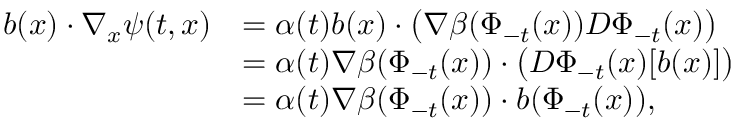
\begin{array} { r l } { b ( x ) \cdot \nabla _ { x } \psi ( t , x ) } & { = \alpha ( t ) b ( x ) \cdot \big ( \nabla \beta ( \Phi _ { - t } ( x ) ) D \Phi _ { - t } ( x ) \big ) } \\ & { = \alpha ( t ) \nabla \beta ( \Phi _ { - t } ( x ) ) \cdot \big ( D \Phi _ { - t } ( x ) [ b ( x ) ] \big ) } \\ & { = \alpha ( t ) \nabla \beta ( \Phi _ { - t } ( x ) ) \cdot b ( \Phi _ { - t } ( x ) ) , } \end{array}